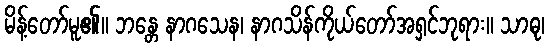
မိန့်တော်မူ၏။ ဘန္တေ နာဂသေန၊ နာဂသိန်ကိုယ်တော်အရှင်ဘုရား။ သာဓု၊